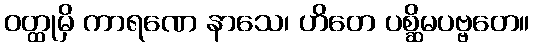
ဝတ္ထုမှိ ကာရဏေ နာသေ၊ ဟိတေ ပစ္ဆိမပဗ္ဗတေ။